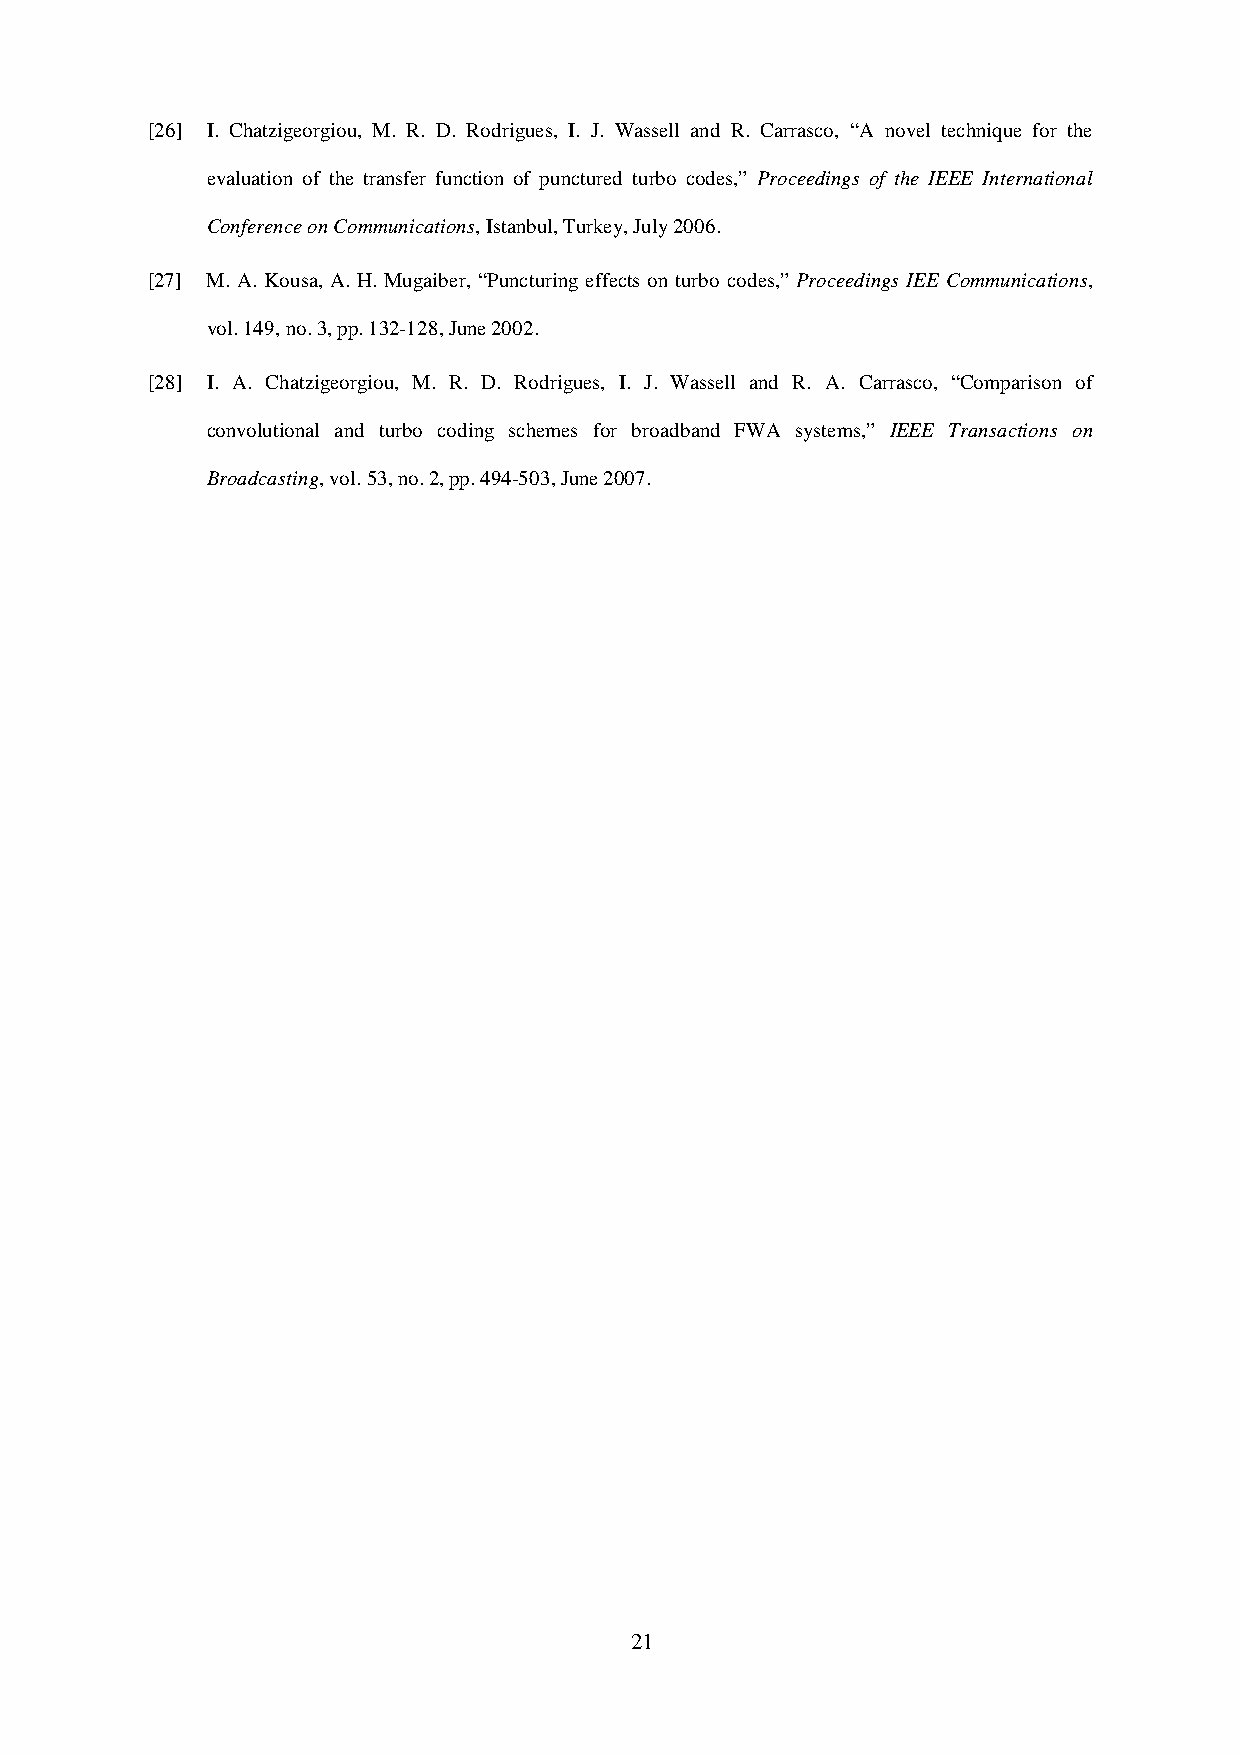
[26] I. Chatzigeorgiou, M. R. D. Rodrigues, I. J. Wassell and R. Carrasco, “A novel technique for the
 evaluation of the transfer function of punctured turbo codes,” Proceedings of the IEEE International
 Conference on Communications, Istanbul, Turkey, July 2006.
 [27] M. A. Kousa, A. H. Mugaiber, “Puncturing effects on turbo codes,” Proceedings IEE Communications,
 vol. 149, no. 3, pp. 132-128, June 2002.
 [28] I. A. Chatzigeorgiou, M. R. D. Rodrigues, I. J. Wassell and R. A. Carrasco, “Comparison of
 convolutional and turbo coding schemes for broadband FWA systems,” IEEE Transactions on
 Broadcasting, vol. 53, no. 2, pp. 494-503, June 2007.
 21